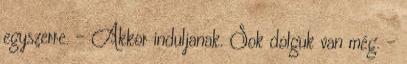
egyszerre. - Akkor induljanak. Sok dolguk van még. –